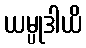
ယမ္ပုဒါယိ